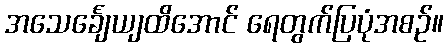
အသေင်္ချေယျထိအောင် ရေတွက်ပြပုံအစဉ်။